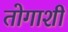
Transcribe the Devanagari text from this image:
तोगाशी